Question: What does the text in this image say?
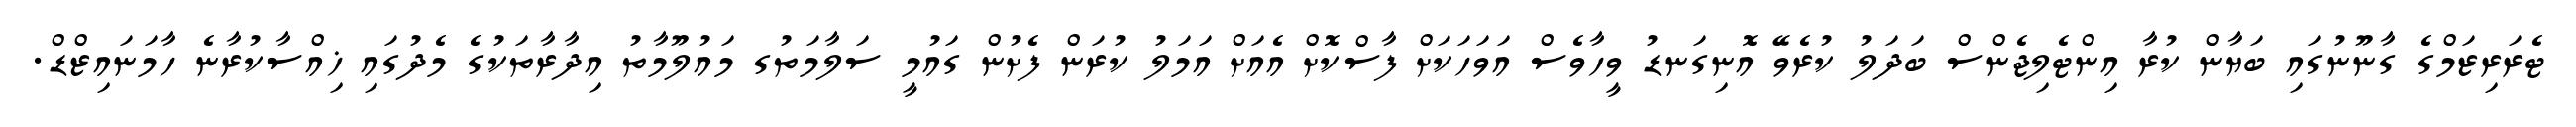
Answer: ޓެރަރިޒަމްގެ ގާނޫނުގައި ބަޔާން ކުރާ އިންޓެލިޖެންސް ބަދަލު ކުރެވޭ އޮނިގަނޑު ވީހާވެސް އަވަހަކަށް ފާސްކޮށް އެއަށް އަމަލު ކުރަން ފެށުން ގައުމީ ސަލާމަތުގ މައުލޫމާތު އިދާރާތަކުގެ މެދުގައި ޚިއްސާކުރާނެ ހާމަނައިޒްޑް.